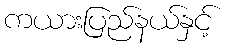
ကယားပြည်နယ်နှင့်